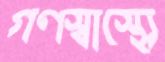
গণস্বাস্থ্যে